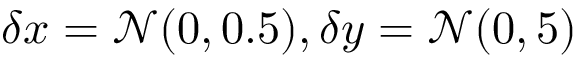
\delta x = \mathcal { N } ( 0 , 0 . 5 ) , \delta y = \mathcal { N } ( 0 , 5 )